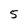
Character: 5